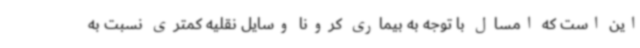
این است که امسال با توجه به بیماری کرونا وسایل نقلیه کمتری نسبت به